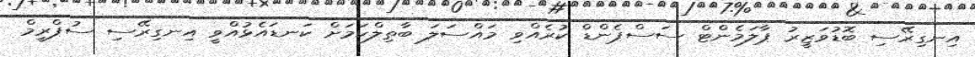
އިނގިރޭސި ބޮޑުވަޒީރު ޕާލަމެންޓް ސަސްޕެންޑް ކުރެއްވި މައްސަލަ ބާތިލްކަމަށް ކަނޑައެޅުއްވީ އިނގިރޭސި ސުޕްރީމް